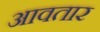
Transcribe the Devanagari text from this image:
आवतार